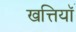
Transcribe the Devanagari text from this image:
खत्तियॉं